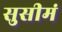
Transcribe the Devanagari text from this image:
सुसीमं